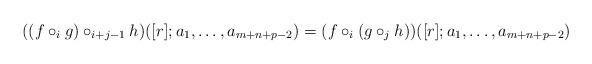
LaTeX: \begin{align*}((f \circ_i g) \circ_{i+j-1} h )([r]; a_1, \ldots, a_{m+n+p-2}) = (f \circ_i (g \circ_j h)) ([r]; a_1, \ldots, a_{m+n+p-2})\end{align*}